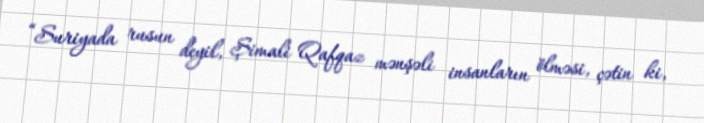
“Suriyada rusun deyil, Şimali Qafqaz mənşəli insanların ölməsi, çətin ki,